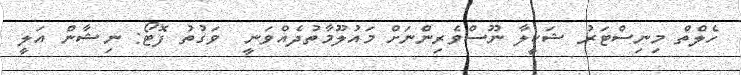
ހެލްތް މިނިސްޓަރު ޝަކީލާ ނޫސްވެރިންނަށް މައުލޫމާތުދެއްވަނީ  ވަގުތު ފޮޓޯ: ނިޝާން އަލީ